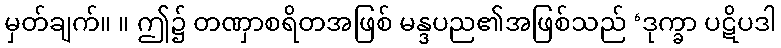
မှတ်ချက်။ ။ ဤ၌ တဏှာစရိတအဖြစ် မန္ဒပည၏အဖြစ်သည် ‘ဒုက္ခာ ပဋိပဒါ